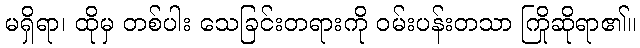
မရှိရာ၊ ထိုမှ တစ်ပါး သေခြင်းတရားကို ဝမ်းပန်းတသာ ကြိုဆိုရာ၏။